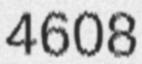
4608